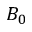
B _ { 0 }